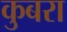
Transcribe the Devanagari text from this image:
कुबरा